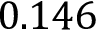
0 . 1 4 6